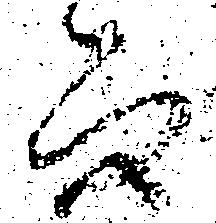
而